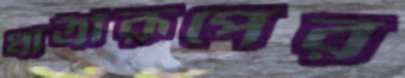
ধাত্রীরূপের